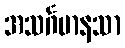
အသင်္ဂမာနသာ